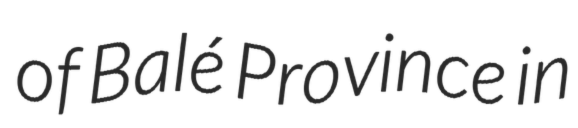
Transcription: of Balé Province in